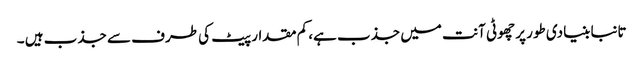
تانبا بنیادی طور پر چھوٹی آنت میں جذب ہے، کم مقدار پیٹ کی طرف سے جذب ہیں ۔